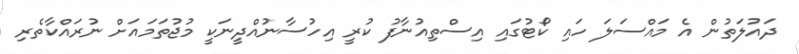
ދައުލަތުން އެ މައްސަލަ ހައި ކޯޓުގައި އިސްތިއުނާފު ކުރީ އިހުސާނުއްދީނަކީ މުޖުތަމައަށް ނުރައްކާތެރި